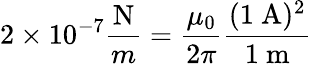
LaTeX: {{2}\times 10^{-7}{\frac{\mathrm{{N}}}{m}}}={\frac{\mu_{0}}{2\pi}}{\frac{(1\ \mathrm{{A)^{2}}}}{{1}\ \mathrm{{m}}}}